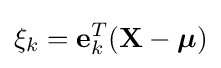
\xi _{k}=\mathbf {e} _{k}^{T}(\mathbf {X} -{\boldsymbol {\mu }})